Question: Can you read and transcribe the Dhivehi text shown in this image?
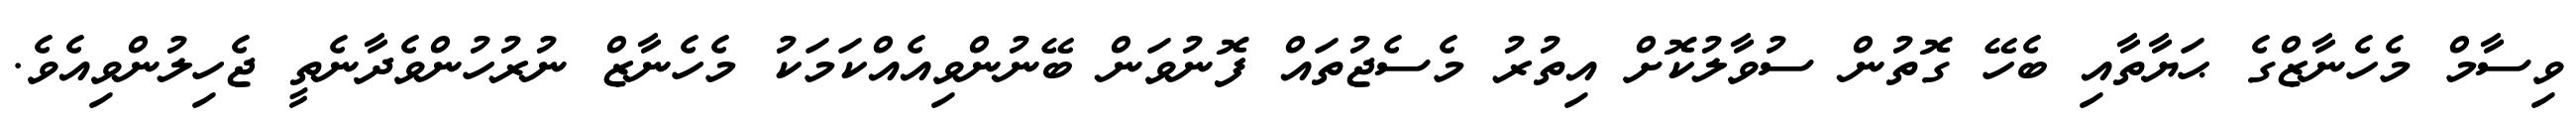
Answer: ވިސާމް މެހެނާޒްގެ ޙަޔާތާއި ބެހޭ ގޮތުން ސުވާލުކޮށް އިތުރު މެސެޖުތައް ފޮނުވަން ބޭނުންވިއެއްކަމަކު މެހެނާޒް ނުރުހުންވެދާނެތީ ޖެހިލުންވިއެވެ.